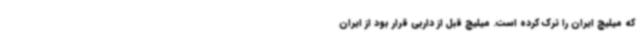
که میلیچ ایران را ترک کرده است. میلیچ قبل از داربی قرار بود از ایران